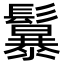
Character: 𩯱